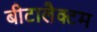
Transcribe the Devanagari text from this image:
बीटालैक्टम